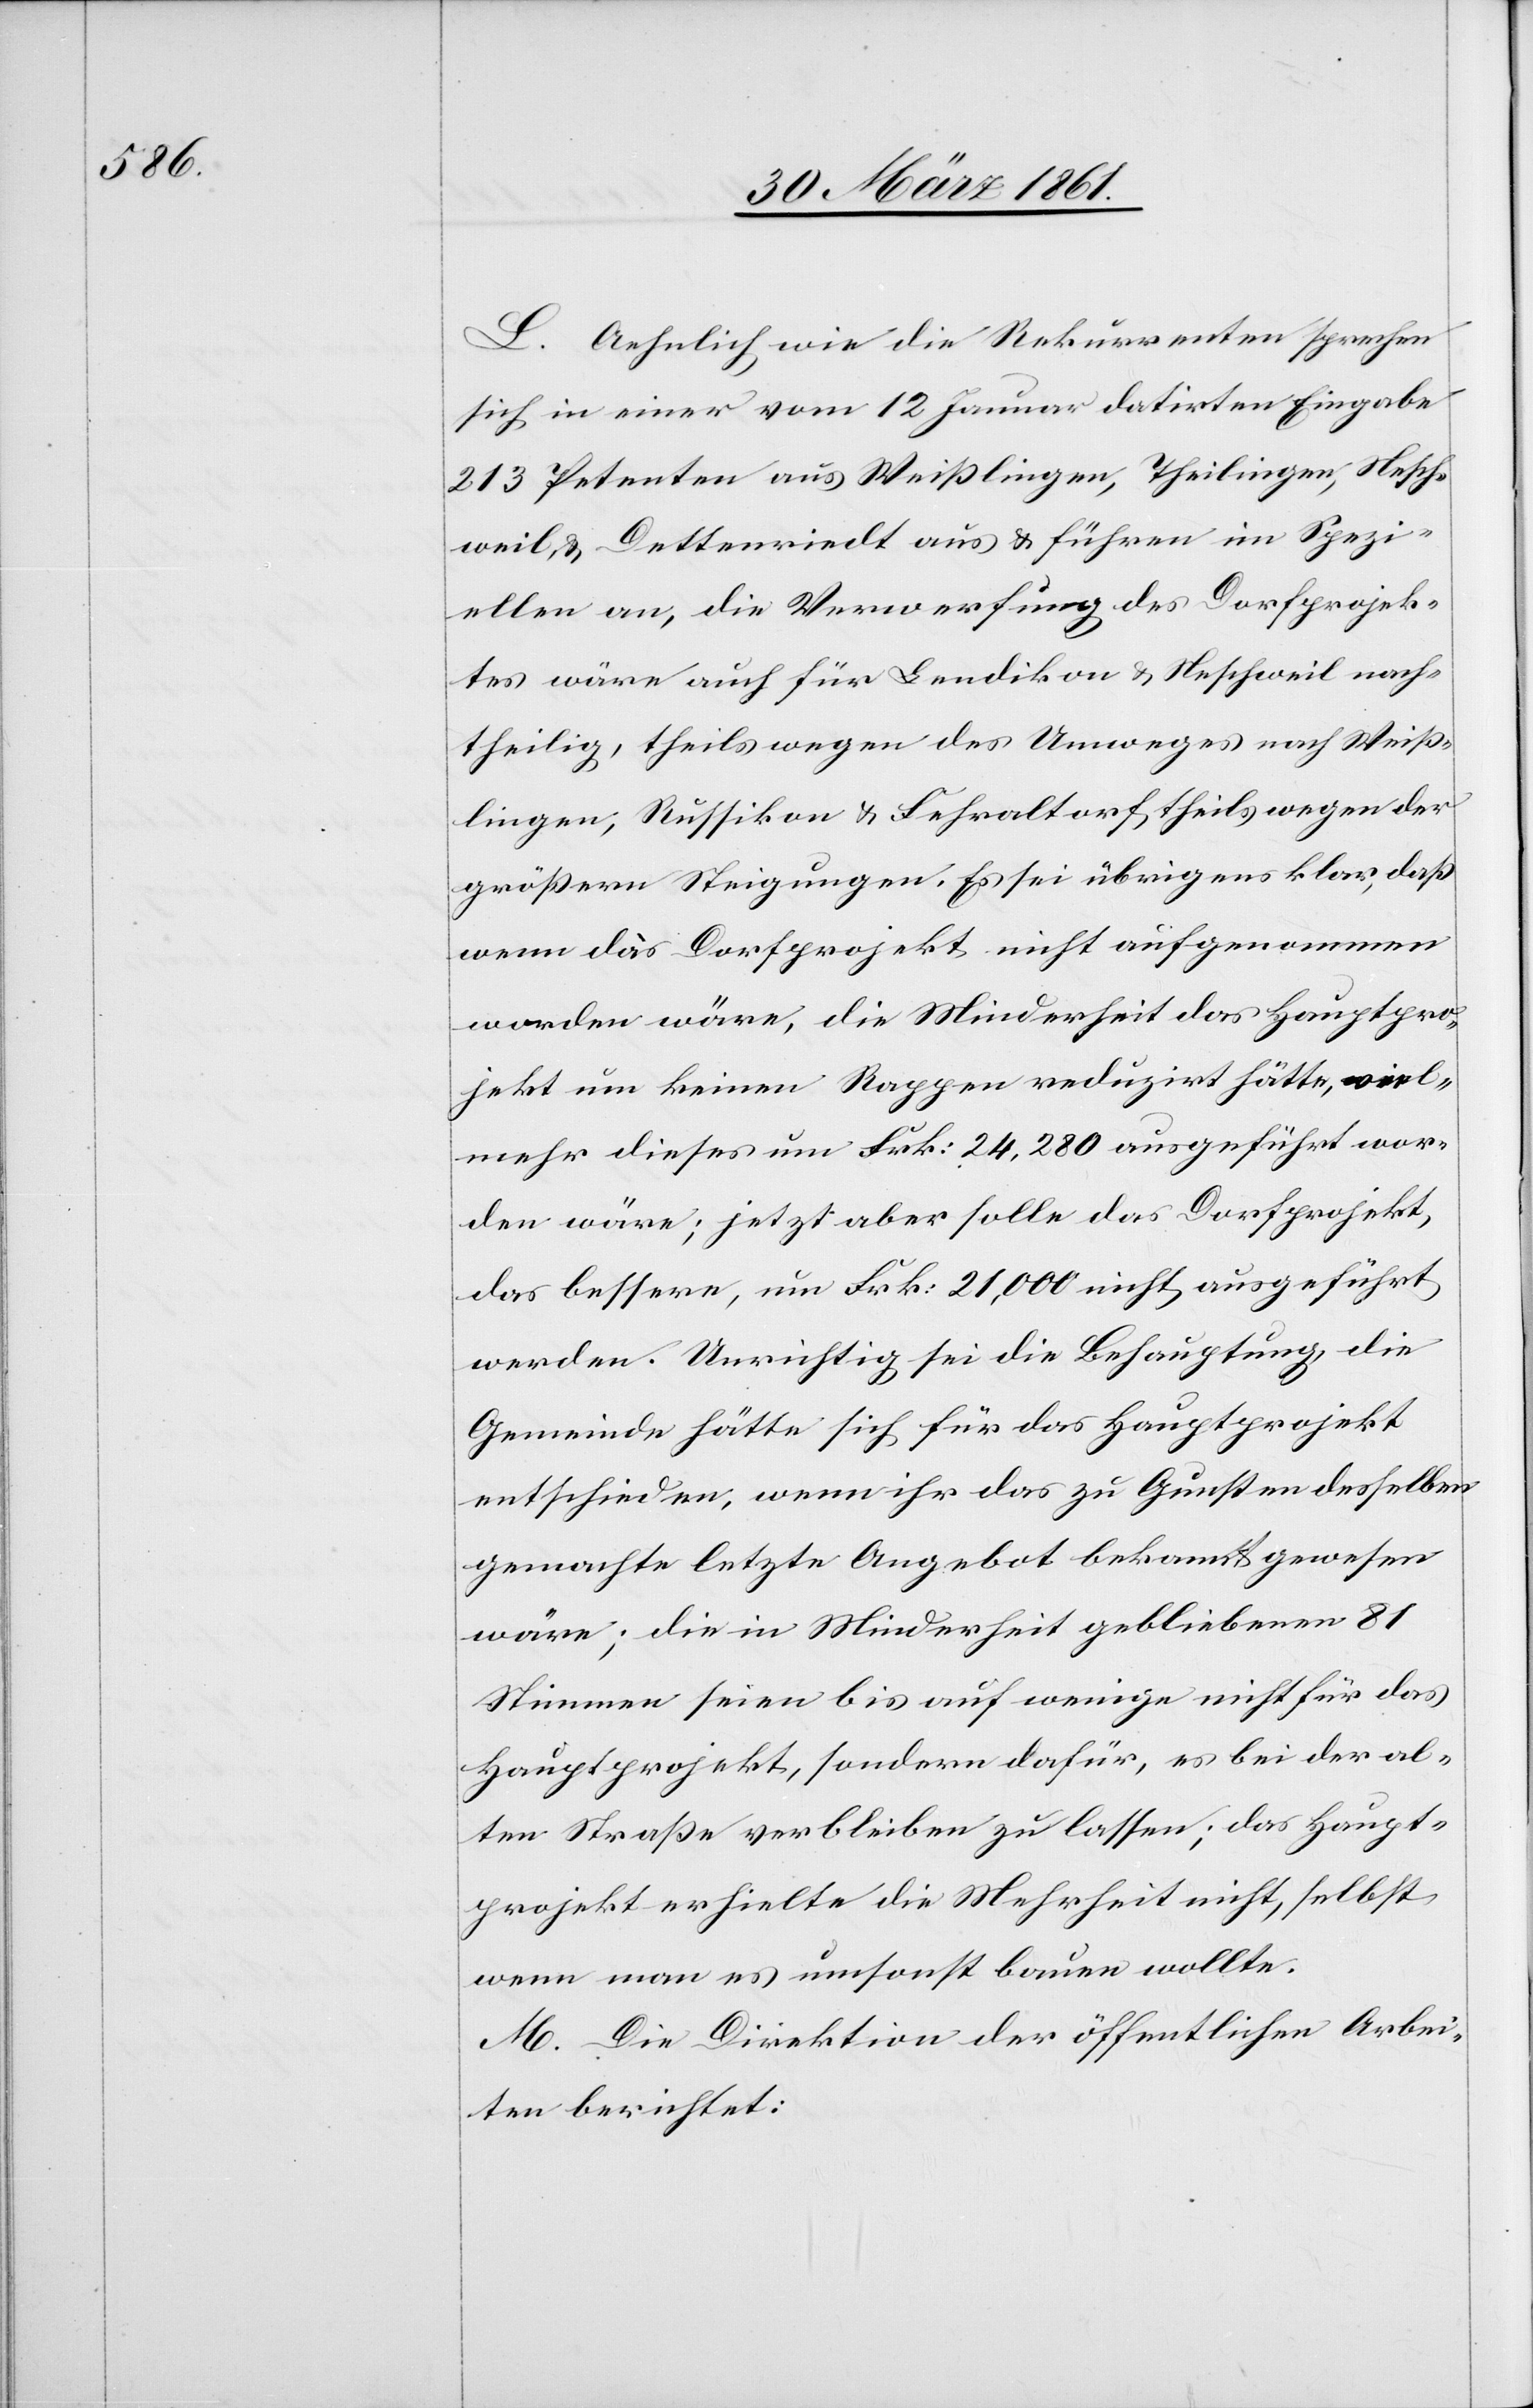
L. Aehnlich wie die Rekurrenten sprechen
sich in einer vom 12. Januar datirten Eingabe
213 Petenten aus Weißlingen, Theilingen, Nesch¬
weil u. Dettenriedt aus u. führen im Spezi¬
ellen an, die Verwerfung des Dorfprojek¬
tes wäre auch für Bendikon u. Neschweil nach¬
theilig, theils wegen des Umweges nach Weiß¬
lingen, Russikon u. Fehraltorf, theils wegen der
größern Steigungen. Es sei übrigens klar, daß
wenn das Dorfprojekt nicht aufgenommen
worden wäre, die Minderheit das Hauptpro¬
jekt um keinen Rappen reduzirt hätte, viel¬
mehr dieses um Frk: 24,280 ausgeführt wor¬
den wäre; jetzt aber solle das Dorfprojekt,
das bessere, um Frk: 21,000 nicht ausgeführt
werden. Unrichtig sei die Behauptung, die
Gemeinde hätte sich für das Hauptprojekt
entschieden, wenn ihr das zu Gunsten desselben
gemachte letzte Angebot bekannt gewesen
wäre; die in Minderheit gebliebenen 81
Stimmen seien bis auf wenige nicht für das
Hauptprojekt, sondern dafür, es bei der al¬
ten Straße verbleiben zu lassen; das Haupt¬
projekt erhielte die Mehrheit nicht, selbst
wenn man es umsonst bauen wollte.
M. Die Direktion der öffentlichen Arbei¬
ten berichtet: